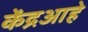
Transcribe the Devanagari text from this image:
केंद्रआहे